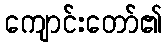
ကျောင်းတော်၏